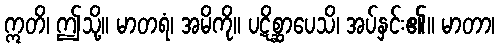
ဣတိ၊ ဤသို့။ မာတရံ၊ အမိကို။ ပဋိစ္ဆာပေသိ၊ အပ်နှင်း၏။ မာတာ၊